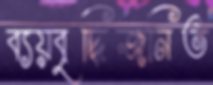
ব্যয়বৃদ্ধিজনিত